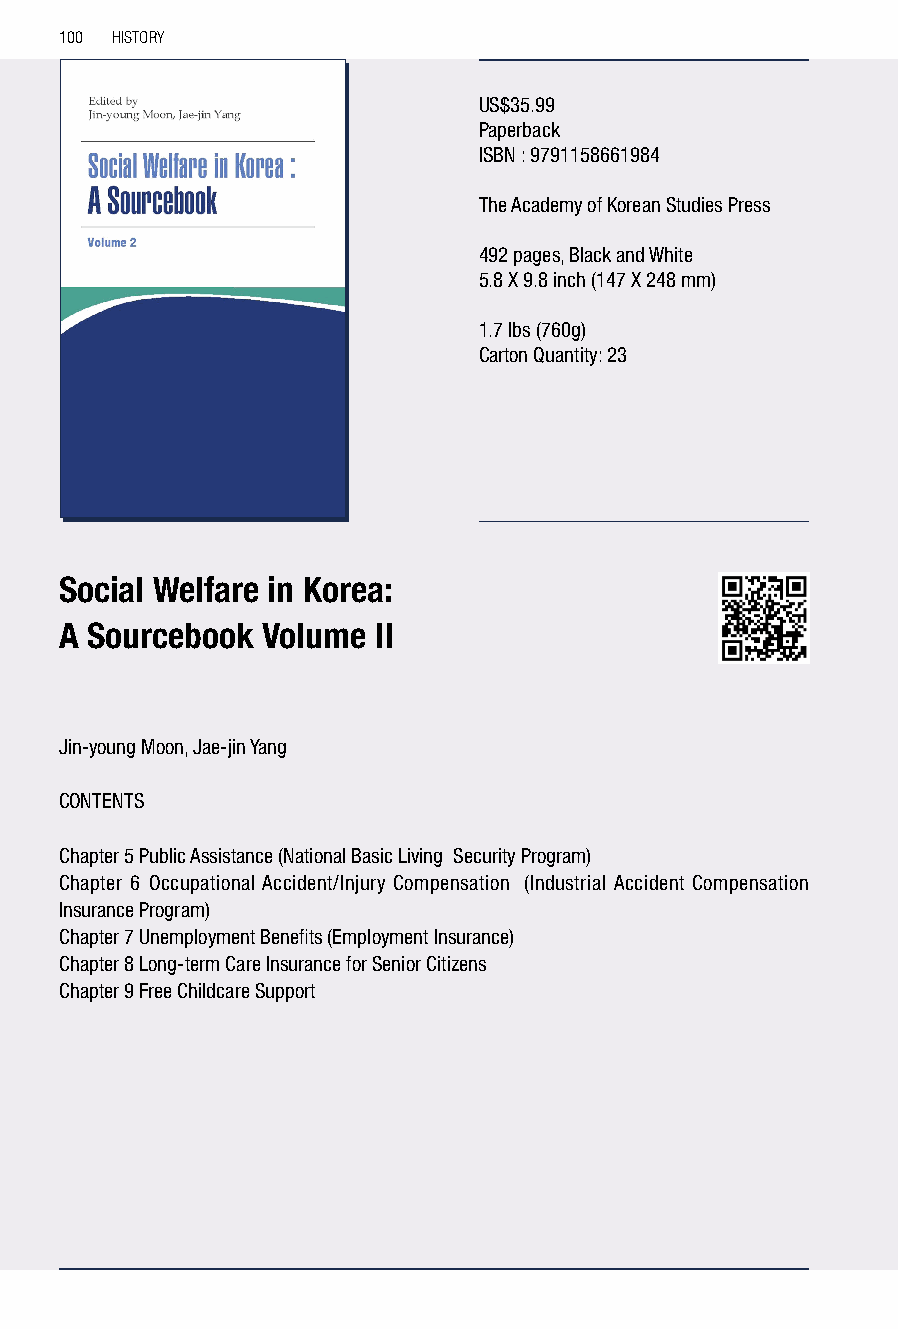
100 HISTORY
 US$35.99
 Paperback
 ISBN : 9791158661984
 The Academy of Korean Studies Press
 492 pages, Black and White
 5.8 X 9.8 inch (147 X 248 mm)
 1.7 lbs (760g)
 Carton Quantity: 23
 Social Welfare in Korea:
 A Sourcebook Volume  II
 Jin-young Moon, Jae-jin Yang
 CONTENTS
 Chapter 5 Public Assistance (National Basic Living Security Program)
 Chapter 6 Occupational Accident/Injury Compensation (Industrial Accident Compensation
 Insurance Program)
 Chapter 7 Unemployment Benefits (Employment Insurance)
 Chapter 8 Long-term Care Insurance for Senior Citizens
 Chapter 9 Free Childcare Support